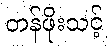
တန်ဖိုးသင့်